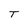
Character: T